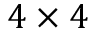
4 \times 4